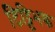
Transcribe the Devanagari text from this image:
टिट्टिभक